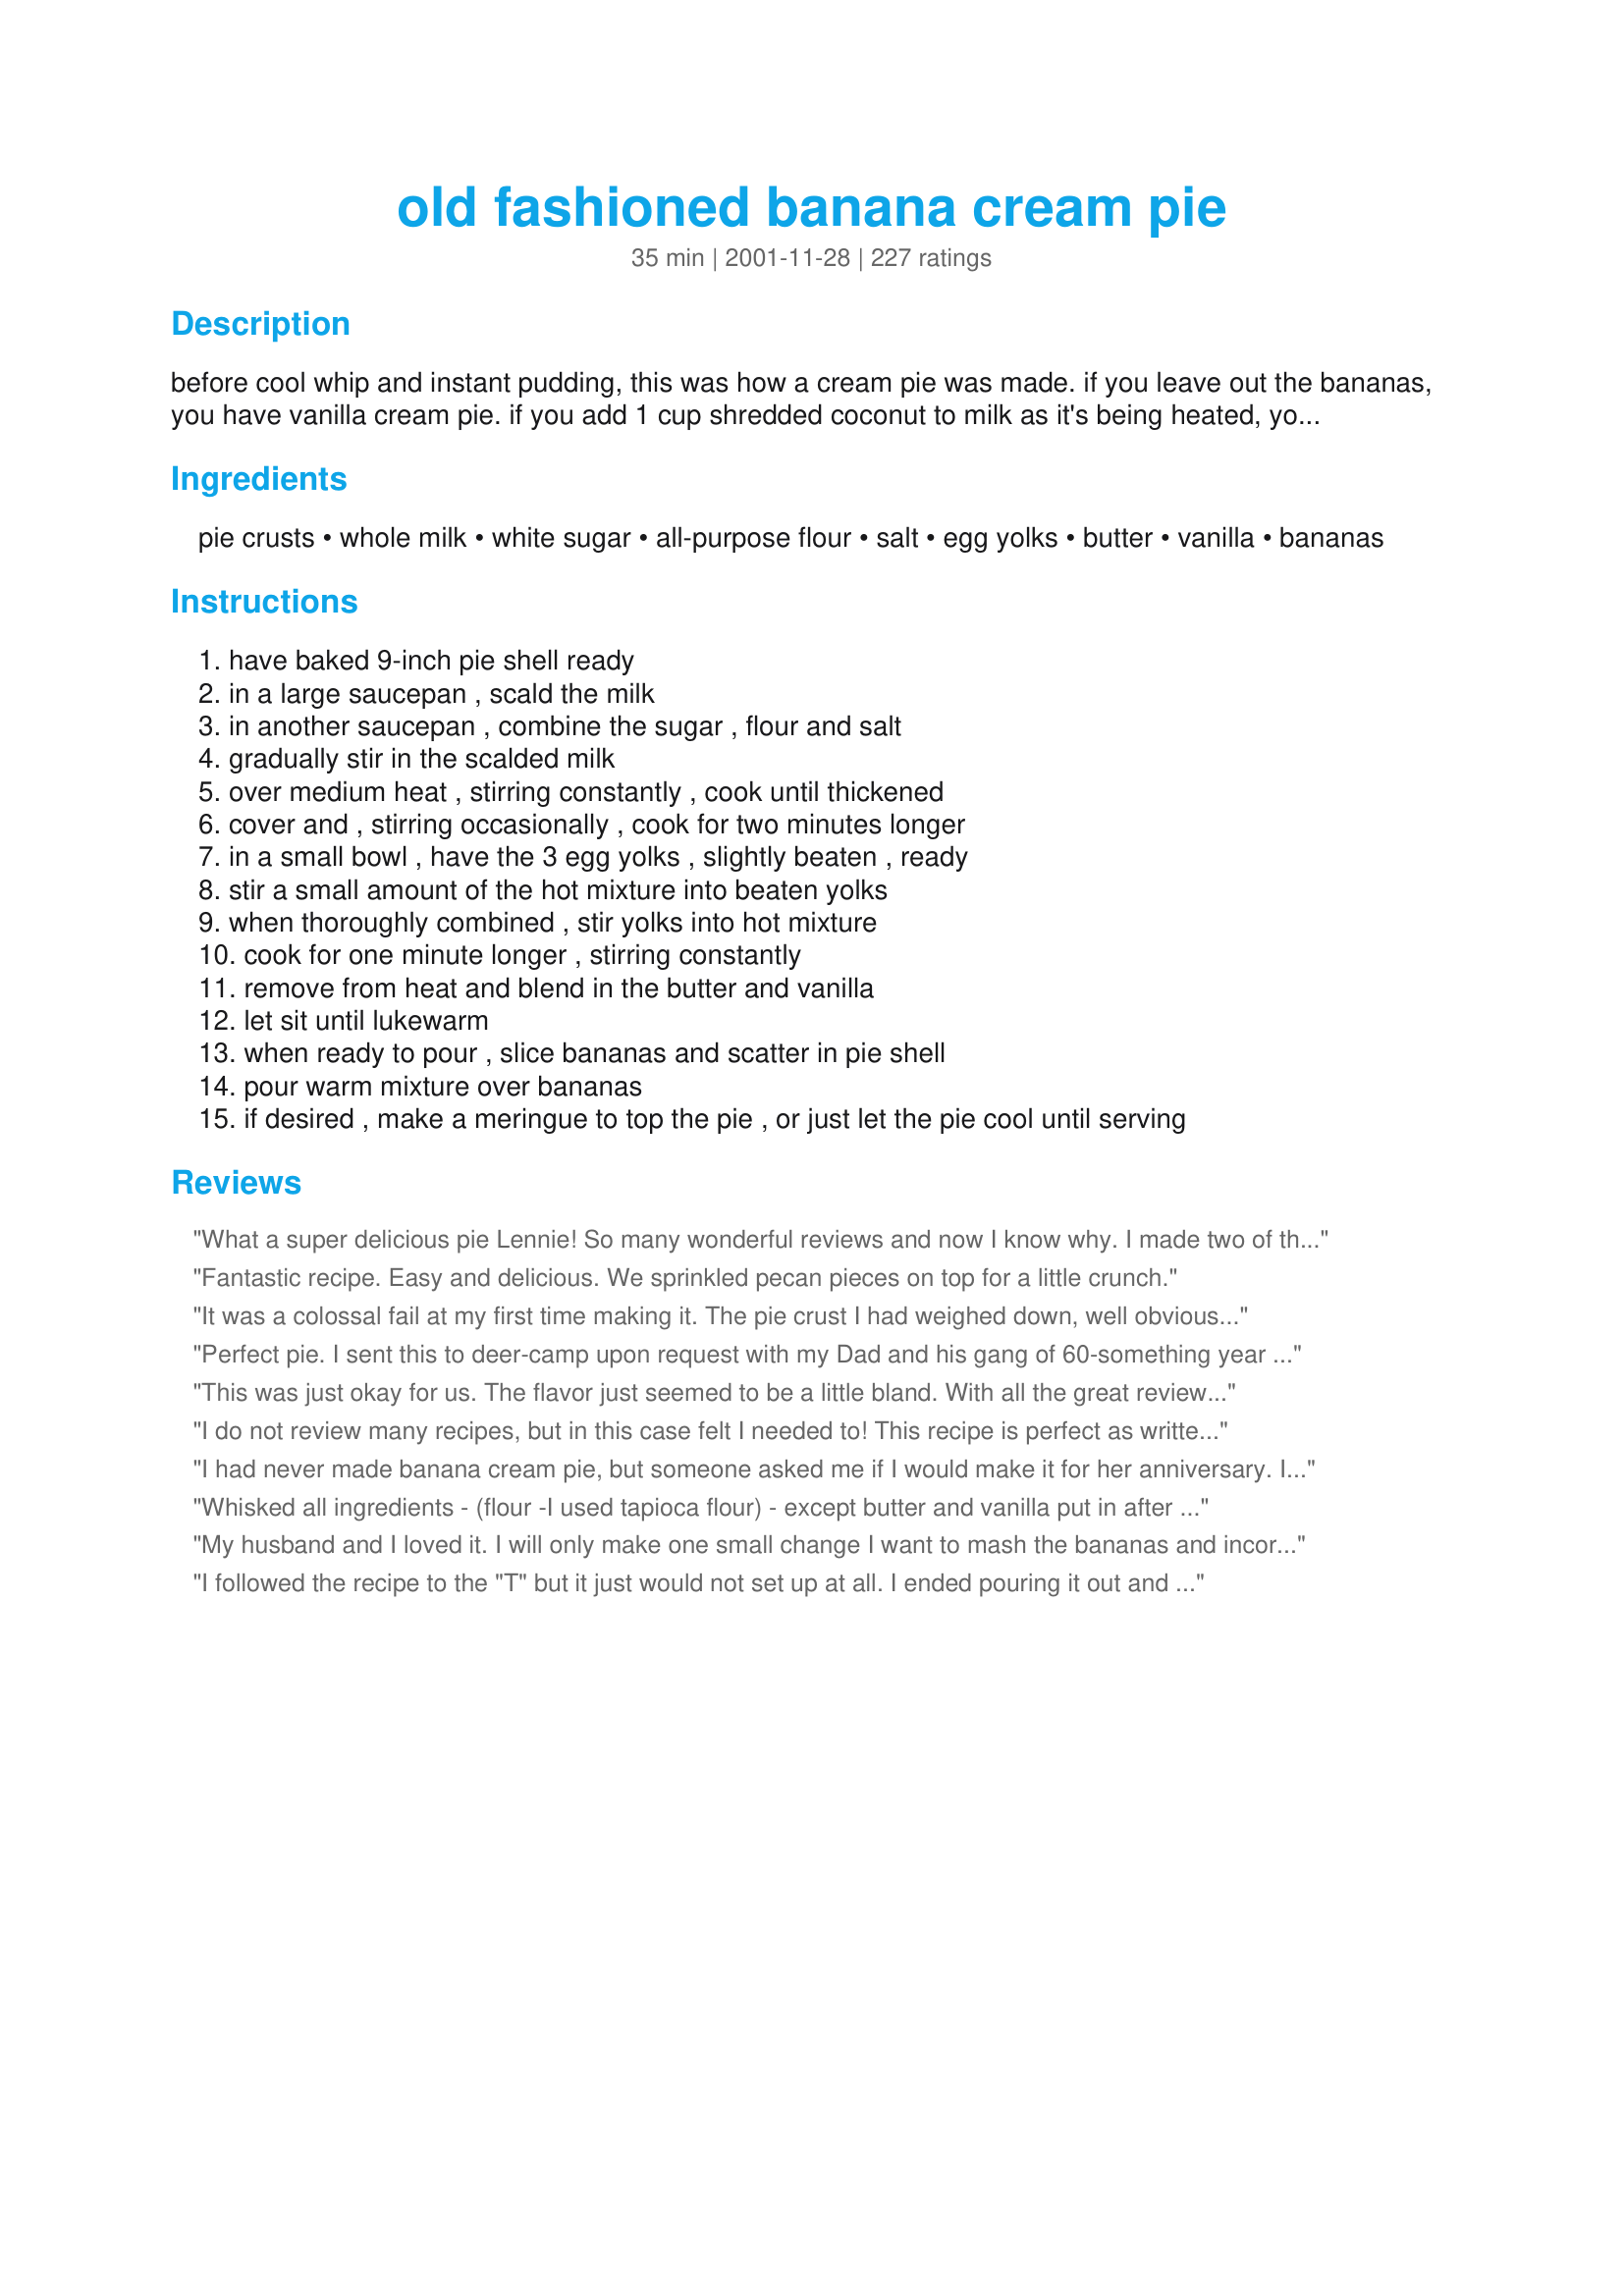
old fashioned banana cream pie
Preparation time: 35 minutes

before cool whip and instant pudding, this was how a cream pie was made. if you leave out the bananas, you have vanilla cream pie. if you add 1 cup shredded coconut to milk as it's being heated, you have coconut cream pie.

Ingredients:
pie crusts, whole milk, white sugar, all-purpose flour, salt, egg yolks, butter, vanilla, bananas

Steps:
have baked 9-inch pie shell ready
in a large saucepan , scald the milk
in another saucepan , combine the sugar , flour and salt
gradually stir in the scalded milk
over medium heat , stirring constantly , cook until thickened
cover and , stirring occasionally , cook for two minutes longer
in a small bowl , have the 3 egg yolks , slightly beaten , ready
stir a small amount of the hot mixture into beaten yolks
when thoroughly combined , stir yolks into hot mixture
cook for one minute longer , stirring constantly
remove from heat and blend in the butter and vanilla
let sit until lukewarm
when ready to pour , slice bananas and scatter in pie shell
pour warm mixture over bananas
if desired , make a meringue to top the pie , or just let the pie cool until serving

Reviews:
What a super delicious pie Lennie! So many wonderful reviews and now I know why. I made two of these tonight for my guests for Sunday dinner, there was not a piece left and a few people even had seconds. I added in a small amount of banana extract to the cream mixture, after step nine.... I also covered it with a film of plastic wrap while cooling. My guests really enjoyed this pie, thanks for another keeper Lennie!...Kitten:)
Fantastic recipe. Easy and delicious. We sprinkled pecan pieces on top for a little crunch.
It was a colossal fail at my first time making it. The pie crust I had weighed down, well obviously because I didn&#039;t but weights on it, so remember to do that.
Perfect pie. I sent this to deer-camp upon request with my Dad and his gang of 60-something year old pie connoisseurs; they had tasted none better. The only problem was that there was only one of them! I put a thin layer of filling down before adding bananas and did 2 layers of bananas in the pie. This custard would be an excellent base for different pies such as cocoanut, or whatever.
This was just okay for us. The flavor just seemed to be a little bland. With all the great reviews...it's probably just our ruined taste buds.
I do not review many recipes, but in this case felt I needed to! This recipe is perfect as written! I followed the directions and it is the best banana cream pie we have had in years! If anything, my custard set up almost too thick. I am not sure why people are having trouble with runny custard, but I am happy I decided to try it anyway. I am a good cook, but not an experienced baker!
I had never made banana cream pie, but someone asked me if I would make it for her anniversary. I was really nervous that I would choose the wrong recipe, but this one is a keeper! I topped it with a stabilized whipped cream recipe from another website. I didn't even know I liked banana cream pie until I tried this one. Thanks!!
Whisked all ingredients - (flour -I used tapioca flour) - except butter and vanilla put in after it was at a boil and thickening - Turned out beautiful tasty and thick I am @ 7000 feet so good for high altitude people! Keep whisking through out the cooking process-
My husband and I loved it. I will only make one small change I want to mash the bananas and incorporate it into the pie just a little more. I will make this one many times over and love the variations you could also do this with as rice pudding as well.
I followed the recipe to the "T" but it just would not set up at all. I ended pouring it out and ate it as a bad pudding.
I have tried several recipes recently looking for the perfect banana cream combo. Well, I have found it! The filling is so creamy and lightly flavored so it doesn't overpower the bananas. After I chilled the pie, I slathered on a thin layer of cool whip and some grated chocolate for color. Warning to others, if you are making this pie for any more than 3 or 4 people, make 2. If you don't you will wish you did!
Loved it! My daughter asked me to make just a pudding from this recipe too.
Amazing!!! I had no idea how simple it was to put together and is a million times better than anything that I could buy from the bakery. Awesome recipe :)
It was the first time I ever made a custard pie. It was absolutely delicious. My pie came out a little soupy but it did not affect the taste. After my BF and I ate the whole pie, I read the reviews and realized I did not cook the custard long enough. The directions should be amended so that the definition of thickened is clearly defined or the cooking time is lengthened.
Delicious, easy to make... yes! Made a double batch. Our vanilla is strong so next time I will skimp a bit. Also, make a meringue, it&#039;s not that much more work than making whipped cream, and it goes so well!
Delish! Due to lack of whole milk, I improvised and used 1 cup half and half, 1 cup skim milk, and 1 cup heavy cream. LOL It worked out just fine! For those who aren't sure how thick the custard should be in the saucepan: It should be thick enough to coat the back of a spoon. Run your finger along the back of the spoon, and if you can mark a distinct line, it's ready. The custard should be very thick and bubbly. If you don't cook the mixture long enough, it will never set up properly- regardless of how long you chill it. 2 tbsp. banana liquor was added to the filling. Homemade whipped cream and toasted almond flakes topped this pie. My grandmother and mother-in-law said it was worthy of a blue ribbon. Thanks, Lennie!
It's gone. Boys loved it!
I made both the banana cream (with frozen pastry crust) and the Coconut Cream (with chocolate grahm crust) for my father and brother in law for christmas. I have never heard people rave over pie so much. My wifes family taught me how to make whipped cream by using 1 pint of heavy cream and 10x powdered sugar with a handmixer and it makes a perfect topper. The cream by itself makes one heck of a pie as well. This was the best pie I've ever made, and that either one of them has tasted, and they are both pie experts. Make it...and then make it again. Just have patience with the eggs thickening when you cook it. A sure fire great recipie.
This is, by far, the best banana cream pie we&#039;ve ever had. I used a traditional flaky crust with it as that is how I remember them. This pie takes me back to the day when we&#039;d go have dinner in town at the small cafe where menu&#039;s were limited, but everything was made from scratch. I made this pie for my Dad, who&#039;s Mom owned a small cafe in Minnesota. He got all teary when he tasted it as it was just like his Mothers&#039; pie that he remembered from his childhood. &lt;br/&gt;&lt;br/&gt;Don&#039;t change a thing! I just double layered my banana&#039;s and added a tsp of banana flavoring to the pudding to give it that extra punch.. ever so slight, and just right. Thank you Lennie!
Wonderful! I wanted so badly to make a cream pie without packaged pudding...this was perfect! And so easy to do!
Excellent Pie! I made this for Thanksgiving especially for my nephew. He loved it!
Great pie! Followed the recipe exactly as written and it turned out great and set up nicely. My brother-in-law (a very picky eater) raved about it. I will deffinently use this recipe again and try the other variations.
I made this for Thanksgiving and everyone said it was the best banana cream pie they ever had. I thought the consistency was perfect... I used whole milk just like the recipe said. At first I thought it might be too thin, but I just kept on cooking it and it turned out perfect. Thanks for the recipe!!
This was really yummy, I served it with whipped cream. I followed the recipe exactly and the pudding didn't set quite as firm as I would have liked. So, it looked pretty gooey but tasted great.
Heed my warnings!! If you follow this recipe exactly to the letter, it will not work for you! You will end up like I did with a soupy filling that's not even pudding-like consistency. It tastes good, sure, but did I ask for banana cream soup? No! I wanted pie! My recommendations are to reduce the milk by half a cup and increase the flour by adding a tablespoon at a time, whisking quickly while it's on the stove. Cook the milk/egg/flour/sugar mixture until it reaches honey-like consistency. Don't be afraid to cook beyond 5 mins if you don't think it's thick enough yet. You could even add a couple tablespoons of cornstarch in the beginning (mix cornstarch and a little bit of chilled milk in a cup, then pour into the hot mixture so you don't get clumps). My final tip is to strain the mixture through a fine mesh sieve when it's done cooking, this will catch any stubborn lumps of flour.
The flavour of this dish was really great, but the mixture came out runny, regardless of set time. Going to try again with more flour, and see. I even put it in the fridge, and it still wouldn't set. I followed the recipe exactly. Will try again, and post.
This is truly an amazing pie... WOW! it tastes exactly like the one at Bakers Square (which I love!) I used organic milk and eggs. It tastes so creamy and fresh! My daughter loved it! Will definitely keep this recipe and make it again! Thank you for sharing! :)
This was a wonderful recipe. It was easy to follow and the results were great. This is only my second attempt making a cream pie from scratch and it turned out great. I used a premade Nilla Wafer pie crust. It was a little small so I filled a ramekin with the extra and ate it like pudding. Yum!
Flavor, texture and taste are FIVE stars. However, the way this is written out as a recipe is unfinished. I am a firm believer of not blaming a chef if I screw up their recipe as it would usually be my fault. But when it comes to baking and you have to, for example, cook a custard, a recipe worth its weight in salt tells you the EXACT size of saucepan you need (if it's too big, your sugar will stick to the bottom and burn no matter how much you stir it, or the ingredients will evaporate) , some sort of guideline as to HOW thick the mixture should be (coats the spoon, leaves a space at the bottom of the pan when you swirl the spoon, etc), approximation of how many minutes the mixture takes to thicken, and this recipe had none of that. I threw out my first mixture and just started over. I used what I figured to be the right size pans (my spaghetti pot for the mixture was WAY too big) kept stirring and just hoped. And I got lucky. It thickened, I put plastic on it (thanks to another reviewer, not the recipe) and it chilled overnight and totally, totally solidified perfectly. It's delicious, looks adorable and homey, and tastes great with whipped cream I made. Great taste, irresponsible recipe.
This pie turned out just like I thought it would. Creamy and just like I'd eaten from a good pie shop. No cool whip or jello pudding here! Just old fashioned goodness! We actually had a banana cream pie taste testing and this recipe won!
Oh my gosh! A few years ago I got tired of paying Perkins or bakers square prices so I found a recipe for French silk.....huge hit, I always made a &quot;banana cream&quot; pie with pudding and whipped cream. This year I decided to up my game and oh man! Huge hit! I followed the recipe exactly and my custard set right away, that was always my problem with the pudding/whipped cream version.....wasn&#039;t thick enough. This pie was to die for and I had extra left over after filling a deep dish shell.
So simple, so delicious! This will grace our holiday table on Easter this year we liked it so much!
Trying to rate this a 5 but computer doesn't seem to want to behave! Smile. This is the first recipe I've tried on this site and I'm hooked already! LOL I have not even tasted the finished product as it's chilling; I just made it and it's delicious! Reminds me of growing up in the country as a child it's so good and my granny could cook some good homemade meals! I tasted the filling and wanted to eat it all! Smile. I used a graham cracker crust as it's too hot to turn the oven on here in VA today but I think I'll love it as much as everyone else did! :)))
I made this after I read some of the reviews. I cut the milk back to 2 1/2 cups and used 2%<br/>and cut the sugar back to 1/2 cup, I also used 1 whole egg and 2 yolks, I also put pudding<br/>on the bottom before the bananas then the rest of the pudding. It turned out real thick for me.<br/>Try doing that if your having trouble with the pudding being soupy!
Excellent recipe. I substituted half the vanilla extract with banana extract
After retrying this recipe, I am changing my vote to 5 stars!! To firm up the filling, I used 1/2 cup flour instead of 1/3 cup, and I also added about 3 teaspoons (I think) cornstarch (I also added a banana for extra flavor). Totally yummy!!!
Quick, easy and, mmm, mmm, so good!!
Easy and good! We enjoyed this for my dad's 65th birthday.
first time I ever made a banana cream pie... it was delicious!
The ratio of milk to flour I felt was better than the more common 2 cups milk to 1/3 c. flour (less pastie). I did add 1 more yoke to help thicken, but afterwards not sure I needed to. I used the 3/4 c. sugar but agree with another that less would have been a little better. Over all very very good! Big hit for hubbies birthday &amp; it was loved by all!
Easy as pie (excuse the pun)!!

It was great and easy. Thanks for posting.
I just have a quick question... Has anyone tried this with using honey or any other sweetener other than white sugar for the filling? I'm definitely going to try this recipe but I like to avoid white sugar if possible, (I'll still do it if I'm told for texture purposes sugar is the best option). Thought I would put out feelers and see if anyone has any experiences subbing the sugar before I give it a go! :) I look forward to making this!
No changes ( unusual for me!). Only comments are i used a regular shallow pie shell ( pre frozen) so not all filling fit, had some leftover vanilla pudding on the side . Would use a deep dish shell next time. And as the last poster noted, put plastic wrap tight on it when chilling.
Everyone in the family enjoyed this. Not too sweet. We used whipped cream for the topping.
I've been making the Joy of Cooking banana cream pie for years, but wanted to try something new because that hint of corn starch is not my favorite. I was worried the custard would not set up as well as the JoC one (which, honestly, doesn't set up like instant pudding either) but it was actually thicker! And the flavor is DELICIOUS. I'll be making this one from now on.
I tried this particualr recipie for the first time for Christmas. The crust I bought and followed the recipie, its flavor was fantastic. Great texture- thickness. Heres where things went bad. I used the Redi-Whip about an hour before serving, Keep in mind I made pie day before- it was fully cooled and refridgerated. After topping it with Redi Whip. It went back into refridge. I took it out to serve. It was like a puddle of while cream on top. It soaked the crust, the filling was watery. If anyone has suggestions please let me know where- how things went from great to bad. The flavor was great- custard was at right texture- was it the Redi Whip?
This was the best cream pie I have ever had. Easy to do, just takes a little patience to make sure it thickens on the stove.
Yumm!
My first time “scalding” milk! This recipe is fantastic- big hit at our house. I will be mking this again!
Maybe I did something wrong, but the pudding/custard part of this never set properly and it was also too sweet. I would try it again with less sugar and less vanilla and maybe add some cornstarch to make sure it solidified. Or perhaps just try one of the other Banana Cream Pie recipes on this site!!!
I made this recipe and it actually came out really good, I usually go to Marie Callenders and spend 10.00 on the same type of pie and it saved me lots of money making it myself and it was fun making this pie with my daughter...
Delicious! I found my filling was too runny when I did the full 3 cups, so I reduced to 2.5 cups and added a tad bit more flour and it worked beautifully. No more runny filling! I think I had this problem since I used 2% instead of whole milk. I also tried adding a very ripe mashed banana to the pudding for extra banana flavor along with the bananas lining the crust. I would recommend this to anyone who LOVES banana. I decided I prefer vanilla pudding with bananas lining the crust. I like having the subtle banana flavor. Overall, love this recipe! It was scrumptious! Really excited to share it for Thanksgiving tomorrow.
Great pie! Very tasty and easy. I made this for Easter and it was a hit.
This was our 'grand finale' to the 'zaar cookout.
and my Hubby couldnt stop raving aout it.
Deliciously creamy and easy to make.
I added whipped cream to the top before serving.
Thanks Lennie for another winner.
Eh, not so much. Just the taste didn't do it for me or my boyfriend.
Excellent pie. Easy to make and delicious. My kids love puddings too, so I can see we will be making this in all its pudding variations as well: vanilla, coconut or banana. Almost as easy as pudding out of the box but much tastier! Update..this was so good I couldn't wait to try it again as a coconut cream pie. My daughter suggested I cover top with plastic wrap as it cooled and top it with whipped cream before serving. Divine!
This is a keeper!! My wife made a request for my mother-in-law's banana cream pie as a birthday cake but my mother-in-law has been battling back from a bout with pneumonia so she really wasn't up to it. Rather than bother MIL for her recipe (and consequently make her feel bad about not making the pie) I found this recipe. Directions were easy, and the pie tasted fantastic. Will definitely have to try the other variations. Thanks for a great recipe!
Easy and very good. I added the coconut for a great banana-coconut cream pie-good reviews from the lucky ones who got to sample it before I finished it off.
This is the quickest, simplest, most versatile and BEST cream pie I've ever had. 
Definitely going in my recipe book!
OMG!! This is the best cream pie I have ever had! I had to stop eating the vanilla cream so I had enough to cover the bananas. Will definitely be making this again and again and again. Delish. Thanks for sharing a wonderful recipe. This will be going into my "go to" recipe book.
I know this is almost a year old since someone posted but just so you know... You HAVE to make the custard thick on the stove top before you do the pie. How hard is that.. lol Mine turned out just fine per the instructions and ingredients... Thanks for a great recipe.. It was fricken awesome.. PS.. Baking and Cooking takes time and patience... I am a cooker/smoker, not a baker by any means.. lol But I did this... Wooo Hooo!
Awesome pie. I made a graham cracker crust and I've been suckered into making 3 this week alone. So it's a success.
OMG!! Thank you so much for sharing this recipe. This is definitely my favorite pudding recipe for Banana Cream Pie, I have always had trouble with pudding mixes not being able to set well enough to call it a pie. But this bad boy was awesome and tasted even better when made the way it was first intended to taste!! It was so easy to make, and my family would say, "easy to eat too". haha! Will have to try it in it's other variations listed as well. Thanks a bunch!
A soupy mess. I warn anyone who wants to use this recipe....do not pour into the pie shell UNTIL the filling is very thick! Or just use Alton Brown's recipe. He is meticulous about detail.
COOKS BEWARE! This recipe turns out soupy!!! Its ok tasting, but needs cornstarch or something to thicken it. I had to use a spoon to eat it! Not my type of cream pie! I also used 4 bananas to try to make it more thick and it still too runny:(
This is one of the best recipes I have found. My family loved it! I used 2% milk instead of whole milk and it worked fine, too. This is a recipe worth trying. :)
Classic Banana cream pie -- very delicious. Just a note for those who don&#039;t know - step 6 needs to be done very quickly. If you spend too much time mixing the hot mixture with the egg mixture, you may burn your pudding, it happens very quickly.
Excellent! I paired this with Miss Annie’s Weepless Meringue, and it was a Huge hit at our house. DD loved it and told me at least twice how good it was. Easy to make, next time I’d like to try making the coconut cream pie, with toasted coconut on top of the meringue…mmm. This is a Definite Keeper, thank-you.
I make this every Easter and it's Perfect!!! Everyone loves it!!
This recipe is truly delicious. Don't listen to the other reviewers who said this recipe is soupy. They didn't cook the pudding enough. I followed the recipe exactly, but after I incorporated the egg yolks into the custard mixture, I cooked it for another 5-10 minutes over low-med heat. It's ready when the pudding coats the back of the spoon and you can run your finger through it and the line stays put. No drips. Use good vanilla extract for max flavor. I used a vanilla bean.<br/><br/>I added another layer of banana on top of the cooled pie, right before I added a layer of fresh whipped cream and then I chilled the pie for another hour before serving. Added shaved chocolate sprinkles on top for pretty decoration. A HUGE hit!
Exactly what I was looking for. Came out perfect, my crust wasn't pretty but it never was, that little detail always eluded me. Read all the reviews and determined there too many successes. It will be on the Christmas dinner table. Newer cooks keep trying, it is worth it.
It was sooo watery! I had to put it in the freezer and it its more like ice cream. Scald does mean to boil the milk right? Should I just use less than three cups? Idk what I’m doing with this... help!!
I followed the recipe exactly how it was written. Came out perfect!!!! The recipe called for 3 bananas, so I used 2 on the bottom, poured on my pudding, another layer of bananas, topped with home made whipped cream. EXCELLENT!!!!
This was one of the easiest and best recipes I have ever had the pleasure of making. The taste was AMAZING! Unfortunately I burned the bottom of my pot a bit, but that was my fault because I got impatient with the thickening and turned the heat up a bit. You really want to stay on the lower side of medium if you have a gas range and give it the time it needs to thicken properly (the consistency of pudding) I wish all my recipes worked this well :0) Thank you for posting!
I don't think this really needs another review, but my family and I think that it was a full five star pie so I am going to try to help raise the rating as much as possible. Thank you for posting a great recipe!<br/>Rachel Castle
I used date sugar instead of white sugar and 2 TBS of stevia; it was perfect!! Not too sweet. I had to refrigerate for 4 hours for it to become stiff enough to slice I also used 2 cups of mile and 1 cup of heavy whipping cream, it was rich but not overpowering and creamy! we used whole milk, grass fed and low pasturized and I really think that's why it was soooooo good!!! Ive made banana pudding and banana cream pie before with just regular whole milk and the taste is no where near as good as it was with the quality milk!
This pie tastes amazing, it converted 3 non-banana lovers into banana cream pie addicts. Only problem I had was keeping the texture smooth while cooking, but it still turned out delicious!
Almost finished looks great and its nice and thick
Delicious! Way better than using a boxed pudding mix. I would imagine that using banana extract instead of vanilla extract would make this pie amazing!
I don't know if you are suppose to bake this pie but the pudding in this recipe never set and was more like banana cream soup. Save yourself the time and use the box.
I made this for PI day and it turned out great! The custard held up well and was just the right consistency for pie. I only had 2 eggs, so I cut the entire recipe by 1/3 without any issues. It ended up being the perfect amount to fill the shell with the bananas. I didn't even get a chance to take a picture before my husband got his hands on it and &quot;accidentally&quot; ate half of it, lol. As a bonus, I used my leftover whites to make coconut macaroons!
Hi Lennie

This is very nice--smooth creamy and I can control the ingredients. I don't use packaged products, so I was delighted to see this. it is delicious. Added a little bit of rum and made pudding rather than pie. I can see many variations of this in the future. Thanks again
Judy in WA
This recipe came out amazing! I followed each step as it it listed and it came out perfect. In fact...this was my very first home-made pie! So much fun. For those who got a "runny" consistency, it just needed to cook longer. I have a gas stove and I had my mixture heating on 3.5 (on a 1-6 scale this was my "medium") and I cooked that for a solid 6 minutes before putting the lid on and cooking the additional 2 minutes. I used a whisk and it was easy to see once it started getting pretty thick. Also, maybe some people poured their mixture in the pie crust before letting it completely cool to room temperature. Once I poured mine in I cooled it in the fridge for about an hour. Whipped cream is always an option but I enjoyed it just as it was:) I will definitely bake again. Thanks Lennie!
The pudding was amazing! I made one and a half batches since I was using a 10&quot; pie dish. I'm glad I did! It filled the dish to the brim, and there were two servings of plain pudding I covered in small glasses for my anti-banana child; I put some whipped cream on it, and he LOVED it! The pie was great! My husband got to the end of his piece and said, &quot;That's going into the dessert repertoire, right?&quot; I would recommend finding some perfectly yellow ripe bananas. My grocery did not have any without some green, so the bananas weren't quite as flavorful as I'd have liked, but that has nothing to do with the recipe. The only thing I changed was the portion of the directions that calls for heating the milk before adding it to the other ingredients. Instead, I did like many other recipes and whisked the dry ingredients with the milk and whipped yolks BEFORE ever turning on the heat. It turns out smooth and eliminates the extra step/time and dirty dishes!
For some reason I thought I was not going to like this at all but I loved it!! What a great surprise. The only problem I had, was I wasn't sure how thick "thickened" was so I let it cook a really long time! I think it was on the stove for maybe 45 min. The end result was great though!
This almost foolproof, simple recipe is just delicous. My kids make it all the time.
I made this pie and also the coconut variation. The coconut pie was gone within 30 minutes. I added 1 cup toasted coconut to whipped cream topping. DELICIOUS!!
I never write reviews. But this recipe was worthy of that. I made this for my Dads birthday. He said
Excellent! Only had 2 1/2 cups milk. Used 1/2 cup of eggnog instead and it was terrific!
I have made the coconut cream and banana cream pies and loved them both, and my husband loves the vanilla pudding alone! And then I was craving good rice pudding and thought of this recipe. I would use less sugar next time because it was too sweet, but I added cinnamon to the scalded milk right before adding the flour/sugar/salt mixture which worked great and I added the rice (1 cup pre-cooked in a rice cooker) after the pudding was done. It turned out thick and creamy with great flavor! Love it! Next time I might try to add some cocoa powder and see if I can make a good chocolate pudding using the same process. Thanks for the recipe!
Ha! This tasted great. My BF says it was the best banana pudding ever, lol. I don't know what happened...It was stiff, I swear! By the time we ate it, it wasn't. I'll have to try it again! It was still delicious to eat with a spoon.
the best I&#039;ve ever made and added a simple meringue topping:&lt;br/&gt;&lt;br/&gt;Ingredients:&lt;br/&gt;&lt;br/&gt;2 egg whites&lt;br/&gt;4 tablespoons sugar&lt;br/&gt;1/2 teaspoon vanilla&lt;br/&gt;Preparation:&lt;br/&gt;&lt;br/&gt;Beat egg whites until frothy; gradually add sugar, continuing to beat until stiff peaks form. Add vanilla or other flavoring. Spoon onto pie, spreading to crust edge to seal filling in. Bake at 325&deg; for 15 to 18 minutes, until nicely browned.&lt;br/&gt;For a higher topping, use 3 egg whites, 6 tablespoons sugar, and 1/2 teaspoon vanilla. Double the recipe for a larger pie or two pies.
It was an easy recipe to prepare and everyone enjoyed it. I would make it again!!
This pie turned out great, following the advice in juicybon&#039;s review. I cooked it around 10 minutes extra after adding the egg yolks, but followed the recipe otherwise. I used a homemade graham cracker crust and it tastes great!
I am not sure what I did wrong, but my pie did not set up at all. I followed other reviewers suggestions, such as custard should be thick enough to coat the back of a spoon. And the custard was thick and bubbly too. In spite of that, the flavor was excellent! I will try again, thanks for posting Lennie.
Just whipped this up - my first try at a banana cream pie, and it tasted quite yummy! I followed the recipe exact and it seems to be thickening up quite nicely so I'm sure it will cut up wonderfully! I didn't add a meringue, we'll just dollop on whipped cream when we slice it!
This is a family favorite, my Mom still make this for special occasions and now I am make it for family and friends. Thanks for posting
This was excellent. So smoothe and creamy. My guest said it was very good. Will be making this with the coconut very soon. Thanks for posting such a wonderful recipe.
Best banana cream pie ever!
Yes, It's old-fashioned. I was taugh this recipe in 1940 at the age of 12. My Fathers bakery had the best pies in the county. Milk , eggs, and BUTTER, make it better. Can't get that out of a box. It's just GOOOOOD! Thank you for bring back good Baking. Ron
This is my second time reviewing and have to say that this pie is delicious. I use 1 ½ bananas sliced rather than 3 and leave off the meringue. Instead I spread it with Cool Whip after chilling and decorate with more banana slices. Very very good.
You wanna tell us if this goes in the oven? We're not psychic. All I got out of this recipe was a gooey, runny, syrupy mess. An oven would have helped. And 3/4 cup of sugar? Are you crazy? Like bananas aren't sweet enough. If you use this recipe make sure the custard base is as thick as caulk, hot as hades, and you've got overripe banana and cut the sugar to 1/3 cup. You might stand a chance.
No other words for this but DEE-LISH!! I I chopped up my bananas & mixed them into the cream before pouring it into the crust. I also added about 1/4 tsp banana flavoring along with the vanilla. I made a 2nd pie with coconut & added 1/4 tsp coconut flavoring. Both are absolutely to die for...I'm licking the pan as I type. Thanks!!!
Delicious! I followed the recipe, but substituted 1 1/2 cup of half and half and 1 1/2 cup of 2% because I didn't have whole milk. I love the flavor, not too sweet like other recipes I've used. Will definently use again!
Hey Lennie....this pie is the BOMB ! Recipe easy to follow and easy to make! Can&#039;t wait for my husband to come home to this surprise. Thank you so much for sharing this recipe! Followed to the T. I did butter the pie plate and used premade crust....once crust was in pie plate brushed it with beaten egg whites, pricked sides n bottom with fork and and baked . Sooo golden and flaky.
this was my first time making banana cream pie and it turned out awesome !!! i also only had 2% milk so i cut the amount back to 2 3/4 cups and 1 whole egg and 2 yolks.. thanks to you Lennie all the way from Vancouver island Canada :) god bless you for your wonderful recipe my dear... all the tips and comments really helped this young baker make the perfect pie
Banana Cream Pie is my absolute favorite treat. I made this for adinner party and everyone raved about it. Fabulous!
Outstanding! I lost my tried and true banana cream pie recipe and have been searching for a replacement ever since. This is it!
Tastes pretty good, but not banana cream pie as I know it- this is vanilla pudding poured over banana slices in a pie shell. I prefer the piled high, light, super fluffy-type filling. If you agree, look elsewhere.
I never made pudding/custard from scratch before. Loved this recipe. Will definitely make again. Great way to use up ripe bananas.
Amazing!!! I can't get enough of this pudding and use it for many things. The recipie is awesome, I generally make a graham crust purely for my preferrence.
very good and very easy! i made the coconut cream pie - and everyone loved it!! will definetly make again!!
First, let me say that my family really like the flavor of this. However, it never really set up. The texture I got in the pan was what I ended up with in the end. Of course, the directions don't say how long it is supposed to take to set. I refrigerated mine for about 3.5 hours and it was still runny! Ug. What a nasty mess. It was also a bit on the sweet side. I'm thinking I could have gotten by with 1/2 c. sugar. I'm not sure it is worth the work to make it again...well, maybe if I knew that it would set up after like 8 hours, or something.
After having been asked to bring a banana cream pie to a family dinner, I came across this recipe. I had read earlier reviews warning of a soupy mess, but also many other reassuring reviews as well. I decided to simply follow the recipe as directed and take care to ensure my custard thickened up properly before filling the pie shell. I also laid down a layer of lemon juice treated banana slices atop the custard layer not below it then piped on some homemade whipped cream to finish. The pie turned out simply heavenly and sliced beautifully. My family happily devoured the entire pie. Thanks for the wonderful recipe! Next time, however, I think I may try the tip of adding mashed banana to the custard for that extra kick of flavor ;)
uck recipe watery never set up we scooped it into bowls
Lennie, this was absolutely the best I have ever made. Usually I'm lazy and use store bought boxed pudding mix, but this recipe was super easy to follow and I almost cried when I tasted the results. It brought me right back to my childhood when my own dear Mother was alive and made us pudding. I can't thank you enough for posting this recipe and putting the perfect pie before my family after Thanksgiving dinner this year.
Made exactly as directed and it was great. Thanks for sharing this recipe. My husband is begging for me to make another one.
It grew on me. At first, I wasn&#039;t so sure I was going to like it. But it got better the more I ate. I used spray whipping cream on top and it was quite good. I will try again with a deep dish pie crust and may even try with graham cracker crust instead. Thanks for posting.
This is exactly what I was hoping for. This pie is the best I've ever had, and the texture of the filling is very creamy with a wonderful flavor, yet firm enough to not run at all. I took this to a family gathering of 32, and it was very well received and complimented. The instructions are well written and easy to understand, and this is a very easy pie to make. I would recommend it to anyone who enjoys banana cream pie as much as our family does. Thanks Lennie for a great addition to my cookbook.
I make a similar banana cream pie recipe for my Dad's birthday every year, but tried this one to shake it up a bit this time. It is now the new recipe! The flavor is perfect and it is not too heavy- my other recipe had heavy whipping cream. If you follow the directions exactly how it is written, there's no way this is soupy as other people have posted. The only thing I will do next year is make my own crust and whip cream :)
very simple to make I made a graham wafer crust (baked) I added cinnamon to the crust and the filling. I only had two frozen bananas so I added them right into the custard. No fail I was afraid at first, but this turned out like my grandmother used to make it. Thanks so much for sharing the recipe I will be adding coconut next with banana you bet
For most recipes, I usually go straight to Cooks Illustrated. I have made their banana cream pie, and this one is much easier, and tastier! (More banana flavor, and no corn starch) It set up perfectly and the texture was so creamy. I only changed a few things. I doubled the vanilla extract, I ran the custard thru a strainer to remove lumps, I made the crust from Biscoff cookies (Which was AWESOME!), and I refrigerated it for 4 hours. I made it for our wedding anniversary because banana cream pie is my husband&#039;s favorite. This recipe was really easy, fast, and so tasty!
It seems that most are happy with your recipe :) I have a go to recipe for cream pies as well. I had never tried cooking the coconut with the milk. I always stir it in before I pour the filling in the crust. I only use 2cups of scalded milk, 2/3 cup sugar and 1/3 cup of flour. Three egg yolks slightly beaten, 1 Tablespoon vanilla and 1 T butter. This recipe makes great banana pudding as well. I will try yours next time. :)
I'm a fruit pie girl who married into a cream pie family. This was the first cream pie I've made and it went over like gang busters. Thanks for making it so easy Lennie.
Not that this recipe NEEDS another review, but WOW for those who haven't tried it - YOU MUST! The directions are easy to follow, but most importantly, you'll be the STAR in the eyes of those who sample your efforts - it's *THAT* good. I prefer pastry crust with banana cream pie (as opposed to graham cracker) and real whipped cream (not Cool Whip), so that's how I made my pie and it was gone by the end of the day. Thank you Lennie for this recipe!
this was to die for!!! IT WAS AMAZING!! I an an 11 year old girl I made this last night it was sooooooooooo easy. I read some reveiws, some people said that it was soupy, so i used 2 3/4 cup milk and 1/2 cup flour. It turned out perfectly. My mom loved it
I am Australian and we do not really do pie like this. It was beautiful and very easy to make. Thank you for a new favourite!
I followed the recipe carefully because I am a novice when it comes to making deserts. My hopes soared when my mixture thickened almost instantly. I thought, well, all the others that complained MUST have done something different. It tasted really great, but my pie never set either. Even after hours in the fridge. So I just grabbed a spoon and enjoyed my banana pudding in a pie shell. Thank you for the recipe. I will make this again when I crave/need vanilla pudding. The boxed version isn&#039;t available here so the recipe benefits me.
Great recipe! Easy to make and very tasty! I should have made two!
Wow! Great recipe, its so rich. Thanks so much for posting this, its the first time I've had banana cream pie and I'm glad I made this one.
Absolutely fantastic! I have made 3 times now, 1 as banana cream and 2 as coconut cream. The hubby is not much of a sweet eater but just asked when I was going to make another one as he finished the last piece. Recipe perfect; thickens beautifully.
I wish the directions had a little more direction. I shouldn't have to read 30 reviews to get an idea how exactly to make it. Flavor of the pie was awesome, might cut down on the sugar next time but flavor was great...however it didn't fully set. I cooked it until it was thick but didn't realize it needed to be pretty much the consistency of extremely thick pudding, I thought it would set in the fridge. I'm not a very expereniced in pudding making, so I feel the directions should be more detailed on consistency and time of cooking the pudding down. However I did save it as I turned it into a frozen banana pudding pie, just let it thaw enough for the crust and the filling did okay, but I'm hoping to try it again in a few weeks and will try to cook it even longer than 25 minutes!
Thank you for postimg this recipe! Banana Cream pie is my husbands favorite!! I made it for his birthday!
This was so welcome in my family that I have been asked to make it every day! One thing I did different is I made a vanilla wafer crust, and my family devoured the pie so fast that not all had a chance to get even a taste, including me! Am on my 4th pie this week.
Great pie????????After reading half of the runny filling reviews. ....I was concerned??????but it turned out great??????????I used brown sugar and it turned it a darker color ...More of a banana color....So that was a plus!!!
After searching the house like a crazy person trying to locate my missing cookbook (with no luck) I finally decided to just go with the internet to locate a recipe similar to what I was looking for. Yours is EXACTLY what I was looking for. No instant mixes, no cool whip. It is perfection!
This is a REALLY good cream pie recipe. The only change I made was after the pudding was finished, I put it through a fine mesh sieve. The result is a silky smooth filling. It&#039;s well worth the extra step.
Fantastic!!!!
I was all excited to try my pie this morning and it didn't set. Why is it not like a pie it stayed like a pudding? I followed directions..
I have been making this pie for a few years now. I use corn starch rather than flour because I find flour gives the custard a gritty texture and it doesn't thicken as well as corn starch. I also use whole milk and half and half. Everyone who's had this pie says it's the best banana cream they've ever had. Works fantastic as coconut cream as well.
I'll have to rate this after trying again. I also had very soupy filling that never set. I think next time I need to let it cook until VERY thick, so the cooking time will probably be longer than listed. (I'm not a very experienced pudding maker or I may have known to cook longer!) I would also decrease the sugar a little. But the flavor was wonderful!
I love the home-cooked classics and this is it. Lovely. The only recommendation I would make is to not cover the custard while cooking. It can add condensation you don&#039;t need.
This is amazing! I wowed myself and my family when I made this! It has the old-fashioned taste and texture everyone is looking for in a pie like this.....it reminds me of the delicious banana cream pie my husband and I had at Mel's Diner in Florida. Don't be intimidated about cooking the filling as I was-this turned out beautifully! I'll never go back to the instant pudding/whipped topping recipe again!
Loved it and so easy to make. Wouldn&#039;t change a thing!
I made the coconut version of this recipe and made a crust from vanilla wafers instead of graham crackers. Itâ€™s a magical pie, it disappears in seconds! Very easy to follow directions, the custard sets up perfectly. No need for a lot of space either, I made this in our RV! I will be making the banana version later this week. I have a feeling it will be as fabulous. Thank you Lennie.
Made this pie TWICE in a row. The first time it came out lumpy, so i put it aside and tried again. The second time it was smooth and thickened but not enough to actually cut a solid piece. It was a fresh pudding like consistency, thick but runny. But the taste was AMAZING! We tried the lumpy pie first and everyone assumed the lumps were pieces of banana (ha). I wish i would have been able to take a pretty picture of it, but it ended but looking like a mound of pudding.
LOVE LOVE this recipe!! Thank you for posting it.. Last yr was my first Thanksgiving that I was assigned something. The pie was a hit and I know it will be this year too!~
I made this pie today and added a little something extra. Banana extra with the single strength Mexican extract. It is simply delicious. It will be enjoyed by the family get together tomorrow
This pie was fantastic! I nixed the bananas and added 3 tbsp of cocoa powder for a chocolate cream pie. I just threw it in the pie crust I made, added the meringue and baked that til it turned golden and everyone loved it! Mine set up just fine-better than Jello ever will!! Im going to make a butterscotch version of this right now!!
Yummy and simple. I would use slightly less sugar next time but the custard was delicious.
Lennie, your recipe is what I was used to as a child. Although Ive always preferred the coconut cream over the banana cream, they both were delicious. As yours looks scrumptiously divine! ????
This was delicious! Perfect texture and flavor. I did add a meringue topping and was beautiful.
My husband requested this pie for his birthday and it came out WONDERFUL. I cheated and used a Marie Callendar pie crust, but I made homemade whipped cream to top it off. I am going to use this recipe for my favorite pie, coconut cream. Thanks for posting this easy and delicious recipe.
Just like I remember from when I was a kid! I did cut the sugar by a third because the bananas were very sweet. Also if you use a store bought crust, make 2/3 the recipe, or enjoy the leftovers.
Marvelous and easy to make!
I made banana-coconut cream pies. They were wonderful. Thanks for sharing this recipe. For those with a runny issue. Cook it until it can coat the back of a spoon. Sounds odd, but this is how I usually test cream pies. You can also add a little sifted corn starch too to help thicken it if needed.
Made this the other night using Graham Cracker Crust...should have stuck with the original recipe which I will do next time. As for the filling, that was excellent so I gave it 5 stars knowing full well with the right pie crust it would be a 5 star recipe.
I made the pie exactly as recipe said and it turned out fabulous! Ready to make the coconut cream pie tomorrow. I love recipes that are easy and use basic ingredients you find in your cupboards. This was delicious and I will definitely use this recipe again and again. Thank You!
Very good, but it never really set up completely which could I have been my fault. I didn't have whole milk and found myself with about 20 left over egg yolks (2 angel food cakes) so I added 1 egg yolk per cup of skim to get the right fat content.
Very good and simple banana cream pie recipe. Nice custard with the layers of bananas. It isn&#039;t trying to do anything different like &quot;salted caramel topping&quot; &quot;bananas foster layers&quot; or something like that. Just your basic old-fashioned banana pie. I like the custard for this recipe and I use it even when not making this pie for other desserts that require a basic custard. Very good.
Very easy and simple recipe to follow! This was only my second attempt at making a pie and I was nervous doing it really from scratch. I made it for my dad and he absolutely loved it, he made sure we had enough ingredients for me to make another! I followed Chef busy bee's advice with making sure the cream coated the back of a spoon and had no issue with any runniness, thanks for the tip! Thanks for the post!
I made this for mother's day and it was a huge hit. I made two pies and both were gone within the hour! I topped it with Wilton's Stabilized Whipped Cream. I couldn't try it because I'm allergic to vanilla. But, I plan on making my own crust next time and will have to use imitation vanilla - and I'm sure it will still be delicious! Thank you for sharing!
This recipe is delicious. This is the first time making a pie with a custard/pudding. I followed the direction exactly and when it came time to heat the milk and flour, it would not thicken so I added some additional flour and some cornstarch. It did take quite some time for it to thicken. Overall, the recipe was great. THanks.
Terrific! I had to make a substitution; I only had 1% and heavy cream, so I made the custard with 2 cups 1% and 1 cup heavy cream. Oooooo, was it ever good and rich! This pie came together very easily. The pie was served with more whipped cream on top. An absolutley wonderful pie!
Good recipe for on the fly pie making with ingredients that you already have on hand. I&#039;m sure you could really up the bannana flavor by using bannana extract or coconut if your going the coconut pie route.
Whew! This recipe is DECEPTIVELY difficult!!! I just finished baking and the longest part was incorporating the scalded milk into the flour mixture-it took 37minutes!! The first time I messed up the scalded milk- that one needed to be looked up online to find the exact meaning!! It does not mean boiling!! The second hurdle was the slightly beaten egg yolks- to incorporate the hot mixture into this, one needs to be diligent and place 2tbsp or 3 to get it tempered and pour into the hot mixture! Then it has to be stirred constantly so it thickens and doesn't burn on the bottom! ***now I know why people use instant pudding!!!*** then lastly the taste was okay- sweet. I skipped the meringue and made fresh whipped cream! That made the dessert! Overall I may not make it in the future..but if you have time and don't mind stirring for almost an hour it'll be good for you!
My grandma taught me an old trick....to keep the bananas from getting dark, drizzle some orange juice over them and then drain thoroughly before adding to crust. The only thing that would make this pie better is a crust made from (politically correct) pork shorenting. She called it lard. We called it wonderful!
Wow! Much better then any store bought or Jell-O pudding package could ever make. I topped mine with home made whipped cream and sprinkled with chopped walnuts. I did however think that the filling could have made two pies. My filling overflowed my pie crust.
This was the greatest recipe ever it was fast easy and the tast was to die for my children and husband love Banana Cream Pie and they all said this was the best they had ever had and would like to have it for Christmas and any Holiday it fits into.
awesome recipe! i made it between classes. I did what Stinkin' Chef did, with the extra flour and about 3 teaspoons cornstarch. I was paranoid about the thickness issue because last time i tried to make a banana cream pie it was too liquidy.. i think i just didn't keep it on the stove long enough.. or the recipe wasn't great.. but this one was great!
The flavor of this pie is perfect. I wasn't sure what counted as &quot;thickened&quot; in the recipe, so just to be safe I stirred constantly for a full 45 minutes (netflix helps) on medium heat until the mixture was on the thick side of pudding consistency. It set up great overnight in the fridge.
I have never written a recipe review but after reading some, I felt like I should! It was extremely important to me to find the perfect old fashioned banana cream pie recipe for thanksgiving. My in-laws lost their Nana who usually made the Thanksgiving pies, and I felt I should step up! I loved the 5 star rating but honestly I got scared when I read reviews saying it was “too runny” or “too much” or “I changed this or that.” I made my practice pie yesterday. I followed the recipe step by step precisely. It came out PERFECT! Not too runny, not too anything. I felt like it made the perfect amount for my Pyrex pie dish. I think the issue people are having with it being runny is the scalded milk. You can not heat it above 215 degrees F, 180 is the goal, use a candy thermometer! Anyways this recipe is one I will come back to for various cream pies!!
Made this yesterday and it was a hit. It did take longer to make the mixture on the stove but it was well worth the work of standing there and stirring for 45 mins.
I made this and it, like others stated, was runny. I made a second one, this time taking longer to scald the milk and let the sugar/flour/milk mixture cook for much longer plus added more flour until it was a custard consistency. This time it set perfectly.
I made this for my husband&#039;s birthday last week! He loved it! The custard rocks!!
This was a delicious pie my boys and DH ate it up and asked for me to make it again at christmas.
This was my first time to make a Banana Cream Pie. The flavor was amazing (I smashed one banana and added it to the milk mixture) and it was really delicious however, I also had a problem with it being runny although I added cornstarch to it. Next time, I will increase the flour and cornstarch.
This Is a fantastic recipe! I see a lot of reviews about runny pid not setting. Its super important to really thicken the milk and flour mixture. It takes a bit of time about 30 or 40 minutes but its worth it. I do a spoon test to check thickness. Just dip a spoon into the custard and if it covers the back of the spoon with barley a drip you're ready for the eggs!
Well done Lenny. Trust me, you&#039;ll love this recipe even more if you substitute 12 ounces of the milk with a 12 ounce can of evaporated milk. Few people keep whole milk in their refrigerator, but if you use evaporated milk, 1 or 2 percent is fine and the pie will thicken perfectly.&lt;br/&gt;&lt;br/&gt;Scalding milk is a throw back to the old days prior to milk being pasteurized. It&#039;s unnecessary to do so today, however, your saucepan must be completely clean of any residual residue, for the proteins will be released into your custard and prevent it from thickening.&lt;br/&gt;&lt;br/&gt;I added about a cup of coconut, but a topping is really not needed with this recipe.
This was my first attempt to make a from scratch Banana Cream Pie. Wow was it easy and delicious. I did add a bit of Banana extract for a little more Banana flavoring. I was sooo good! I was darn near gone before It had entirely cooled from putting the Mirangue on. It is one of our favorites.
This is more authentic than many I have seen. Some problems people have is not following directions closely and others use self rising flour thinking it wont matter. Always use large or even extra large eggs, a bit more yolk wont hurt - in fact - it will have a richer texture. Using corn starch in place of flour gives it a somewhat rubbery texture. I pour some custard in the shell, then add bananas and finish with custard. Thanks for this classic recipe.
Great tasting pie!! And it's the first pie I have ever made!! Yes I cheated, I bought a premade pie crust....hehehe. I did change one thing though..., i mashed one large banana and added it to the custard mixture, just to add a little more flavour. I think it made quite a difference. I too topped it with Miss Annie's Weepless Meringue. Went great!!
Deeeelicious!!
I had never made a cream pie although it’s my absolute favorite so I thought it was about time. This was so good that a family friend had FOUR slices over the course of thanksgiving day. My 3 year old said that he didn’t want ‘brown pie’ aka pumpkin pie but that he wanted the ‘banilla’ one. Fair enough. Thank you so much. Not only do I now know how to scald milk but I can make cream pie!
Made 1 yesterday. HUGE mistake... should have made 2!! We all devoured it and wanted seconds, but none to be had. Followed recipe exactly, except added a tad more flour to make sure it thickened properly, which it indeed did. When I added the beaten egg yolks (after mixing in a bit of the hot mixture) to the entire hot mixture, there seemed to be flecks of yellow in the "batter". Was concerned about this, but once it was refrigerated, they disappeared. Just like the entire pie, within minutes! Yum, yum. I am now in the process of making another one- just waiting for the pie crust (store bought) to cool. I top it with heavy whipping cream beaten with a bit of 10x sugar. Important to get the bowl and beaters chilled before beating your whipping cream. I am impatient, so throw them in the freezer for 5 minutes. Works perfectly every time! This banana cream pie recipe is superb. Reminds me of the banana creme pie of a famous local restaurant, Lucille and Otley's. Unfortunately it is gone, but so glad to be able to make a pie that's equal to theirs. Thanks so much!
(Also, this pie is quite easy to make. The thickening process doesn't take a long time, but do be diligent about stirring.)
i did up the amount of flour to 1/2 cup, add some amarula, and added 3 tbl of constarch. it was the best banana cream pie ive had in a while!
Excellent recipe, easy to follow and worked well. I used cornstarch instead of flour (my preference) and it was 5 stars.
Fantastic recipe. I have made this exactly as described and it is delicious. The only tweak I did is with the topping. Homemade whipped cream and shaved dark chocolate on top minutes before serving atop fully cooled/refrigerated pie. Oh, forgot... I used banana extract instead of vanilla.
I think the ones who ended up with &quot;soupy&quot; filling just didn't cook and stir long enough. Took mine about 20 minutes using a double boiler. Came our beautiful! As far as questions on baking???? If you just slow down and read the recipe...the first line &quot;1-9 inch pie crust BAKED&quot; Best banana cream pie I've ever made and eaten!
This recipe is absolutely fabulous!!! I made the banana cream pie, the only thing I changed was that I added just a little more than a pinch of extra flour, I was afraid it wouldn''t be thick enough. It was delicious! My boyfriend and mother loved it so much they had seconds! Next time I have to make two! Thanks for my new favorite!!!
This is the pie for fussy pie eaters.My Mom used to make a Banana cream pie that was out of this world.She passed away and I never got the recipe.This one is almost as good as hers,will definitely keep this recipe.Thanks a lot.Do you think you could use this recipe to make Pineapple cream pie.jackie
The flavor in this pie was wonderful, but I too, had a runny finished product. I followed the instructions perfectly, but WILL try this recipe again and adjust the flour a bit to see if that will help. We didn't let it go to waste, we just put it in a bowl and ate it like a pudding. Thank you for sharing this with me.
Holy Cow this is an awesome pie. Made 2 of them for Christmas dinner and had no leftovers. This is definiately going to have it again.
One of my dearest friends has a husband who loves banana cream pie. Only she said he always told her it wasnt like what his mom used to make... I ran into this and thought why not.. Well.. lol its so close he said he wouldnt have been able to tell the difference... Thanks a million. These two are an adoptive grandparents for my kids and are family. Great to make them smile.. Thanks again !!!!!!!
great recipe, I added 2oz of semi sweet choc. my grandchildren loved it, I loved it too. thank you , nana of nine.
This pie is as easy to make as it is a pleasure to eat! I made it tonight for my family and they raved about it. I topped it with meringue, as suggested in step 11. Then I grated a little chocolate and sprinkled it over the meringue after it had cooled. Also, I used 4 bananas instead of 3 because French pie plates are larger in diameter than US plates (or maybe it's my imagination)and I wanted to make sure to have enough to cover the entire bottom of the dish. Anyway, thanks for sharing this recipe. I will make it again and again!
I followed this letter to a &quot;t&quot; and it came out perfectly. I have never liked cream pies, but now that I can make this, I&#039;ll be making it often. Everyone raved over it!&lt;br/&gt;A few weeks later I made a banana cream and a coconut cream - for the coconut I added 1/2c shredded coconut and changed 1c of the whole milk to 1c coconut milk, then topped the whipped cream with some toasted coconut as well. It was also a huge hit. Thanks for the recipes, they will be in my frequent rotation now!
I made this last night as a "trial run" before making it for Thanksgiving. It was delicious!!! Everyone loved it! I do not have a sweet tooth, but banana cream pie is my absolute favorite pie. This recipe truly makes an amazing one. I was a little confused as to how long to cook the custard before adding the egg. I may try to cook it a little longer next time because when slicing the pie, it was somewhat runny. Also, I covered the pie with plastic wrap for half the night when I placed it in the fridge to cool. After putting it back in the fridge, wrapper free, this morning it is a lot firmer and easier to slice without being runny. Thanks Lennie! Can't wait to impress my boyfriend's parents with this recipe on Thanksgiving!
Outstanding pie. Easy to make, not too sweet. I used three overripe bananas and crush one up to really infuse the banana flavor and slice remaining two and folded into the pudding/custard before pouring into the shell. Did not take a long time to thicken, I would say as soon as I added scalded milk to sugar, flour mixture it was less than ten minutes to thicken to a right consistency.
So glad to see the "old fashion" recipe.. I searched for a while and kept thinking, where is the recipe that my grandma made? I don't like making it with the cool whip & packaged pudding as it doesn't taste homemade to me! Great recipe.. thanks!
Went over very well! (I had a smaller 7 inch crust leftover from pastry I'd made for another pie, so I reduced all the ingredients by a third -- using 2 C. milk, 1/2 C. sugar, 3 1/2 Tbsp flour, dash salt, 2 egg yolks, still the 1 tsp. vanilla and 1 1/2 T. butter.) It still worked fine and was "just enough". It was a nice blend of creamy, fruity, and not-too-sweet. Thanks.
I don&#039;t understand all the raves about this recipe. It was soup!! As I was making this, I kept telling myself that this was way too much liquid for the amount of flour. I should have trusted my judgement. It tasted fine, but I won&#039;t be making this again.
I couldn't get enough of this pie. I used 2% milk and no whip cream since I didn't want the extra fat. Love the custurd flavor. Super easy to make, had all the ingredients at home.
Excellant, I had to use up whipping cream, so I did 1 part milk 2 parts whipping cream, yum yum!
This is now my favorite recipe for banana cream pie. I used half &amp; half instead of milk. I found that the bananas must have a few black spots to bring out banana flavor. Thank you for the recipe. All my guests loved it.
Easiest &amp; Delicious. My first time baking it for the family. Awesome! Thanks for the recipe!
This is a fantastic recipe! I love to whip this one up when I have some left over bananas. The pudding is tasty and so much better than instant. My husband and kids cheer every time I make this recipe.
Made as instructed and came out perfect. I was worried about how 'thick' to make it, but it set up great. I used a frozen pie shell and made some whipped cream. Yum.
Easy to make, has that old fashioned cream filling taste.
This was our first ever American pie and we're not sure it works with UK ingredients! After stirring for more than 37 minutes we still had a soupy mixture!! We're hoping popping in the fridge will work wonders but we'll keep you updated for when we make the coconut version!!!
I made this for my daughter's first birthday instead of cake! She loved it as well as everyone else! So just made it again for thanksgiving! ??
Love this recipe, although I wish I hadn't taken the "soupy" reviews into account. In an effort to keep my own pie from becoming soupy, I tweaked the flour and milk amounts. As hindsight is 20/20, I'm sure it would have turned out quite nicely without these adjustments. I think the problem some people have been having is either not cooking the mixture at a high enough temperature, or the saucepans are too deep. I used the pot I usually boil pasta in, and the mixture thickened up in no time. The wide bottom of the pan allowed for it to cook/thicken more evenly without standing at the stove for an hour. No adjustments needed!
This recipe is AWESOME!!!!! Problem is, I made it once and now have to make it constantly. It is truely loved!!
At the advice of my mom, I decided to make this for my Survivor group last night. It was a hit. I found it very easy to make. My only problem was that I didn't make enough. I thought one pie would be sufficient for 6 people, but as most everyone wanted seconds I should have made two. Thanks for sharing Lennie.
I love these easy as recipes. I made 2 different recipes a couple of weeks ago, and this was by far the best.
Thanks for sharing!
Comfort food goes BaNaNas! Yum-mee!
I followed the recipe exactly, making sure to stir as long and as often as indicated. I inverted a plastic plate over the pie while cooling to prevent that thick "skin" - worked like a charm. Also, I topped it with homemade, barely sweet whipped cream and just a very light dusting of fresh grated nutmeg (just in the center) for a fresh cool topper and it was the perfect compliment.
We love the flavors of this without a doubt, but like many have stated, it comes out soupy. However, if you use whole milk as the directions state, it comes out perfect. We made the big mistake of using low fat the first time, and it did indeed come out soupy. We've made it several times with the whole milk, and it comes out perfect.
I was looking for a recipe that held this shape when you cut a piece. This pie fell apart. Instant pudding gets more firm then this recipe!!
Can I use 2% milk rather than whole milk for this?
A great recipe.Made it with a meringue and my Husband loved it. :) Even my Mother in law who is the queen of Pie making wanted the recipe.It will be made often in this house
I have never made a banana cream pie before, so I read the reviews first. I have, however, made several lemon meringue pies, and had lots of problems with them being &quot;soupy&quot;. After some research, I discovered soupy-ness in lemon meringue was solved by cooking the filling a lot longer than the recipe said. And that technique worked with this pie. I cooked the filling for a least 25 minutes, It actually set while it was cooling in the saucepan. There is one small problem with the recipe. Like some other reviewers, I didn&#039;t have enough filling to come all the way up to the top of the crust. The next time, I will try 4 cups milk, 4 egg yolks, and 4 bananas.
This was one of the best pie recipes I've ever gotten off of this site next to my all time favorite, old-fashioned deep dish apple pie I make every year. This'll definitely be a pie I make quite often. The only thing I did differently was I made a graham cracker crust. One full pack of honey graham crackers, 1/4 cup of sugar and 1/2 stick of butter. Also I added the graham mix to the top along with extra banana and homemade whipped cream. Delicious!
I made this to accompany our ThanksGiving meal, and everyone loved it. There was no leftovers. Next time I must make two. And it went together so quickly. I was impressed.
Even my picky 6 yr. old eater enjoyed it and asked for seconds.

Thank you for sharing this great recipe.

SpeedyGirl
I followed the directions exactly as written but it came out soupy. Afterwards I compared it to other pie recipes and the proportions were slightly different yielding a less soupy mixture. I would use less milk or increase the flour. The flavor was good but just too runny.
Fantastic pie!
Oh boy, this was sooooo good. I would've never imagined myself making such a seductive pie. The custard was so comforting. I made this for a crowd of five, and there is not leftover! Ok, so my waist line may be in danger, but comfort food doesn't get any better than this. I didn't make the meringue because I used leftover yolks. But I did serve it with whipped cream and more slices of banana on top. My kid even drizzle some chocolate sauce on top (she really takes after mommy) :0) thank you for the reciope!
sadly like many others this pie turned out soupy for me too. I had a full boil with large bubbles before I took it off of the heat. I then tempered in the eggs, cooking for a couple minutes more. It did thicken some and I thought it would thicken up more as it cooled.... wrong, exactly the opposite. We had to eat it with a spoon like banana pudding. :(
